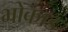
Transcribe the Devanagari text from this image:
भोकाड